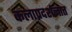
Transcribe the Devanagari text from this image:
कलाप्रदर्शनात